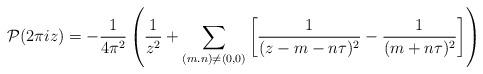
LaTeX: \begin{align*}{\cal P}(2\pi i z)=-\frac{1}{4\pi^{2}}\left( \frac{1}{z^{2}} + \sum _{(m.n)\neq (0,0)}\left[\frac{1}{(z-m-n\tau)^{2}}- \frac{1}{(m+n\tau)^{2}} \right] \right) \end{align*}